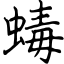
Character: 蝳